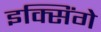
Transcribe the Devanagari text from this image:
इक्सिंगे